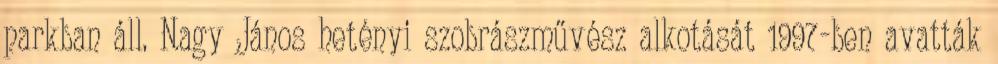
parkban áll. Nagy János hetényi szobrászművész alkotását 1997-ben avatták